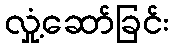
လှုံ့ဆော်ခြင်း